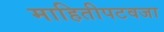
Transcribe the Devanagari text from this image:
माहितीपटवजा